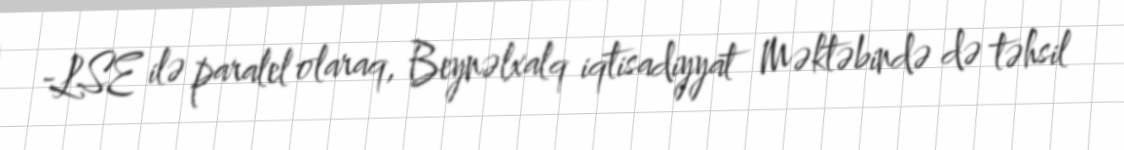
-LSE ilə paralel olaraq, Beynəlxalq iqtisadiyyat Məktəbində də təhsil